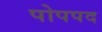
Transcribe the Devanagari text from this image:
पोपपद